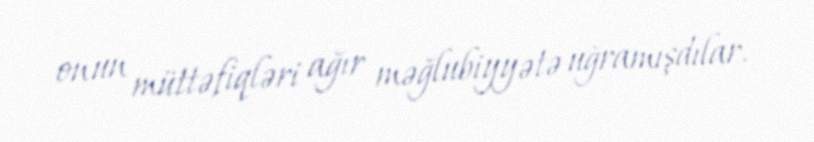
onun müttəfiqləri ağır məğlubiyyətə uğramışdılar.